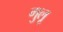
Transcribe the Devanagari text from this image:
गुलू